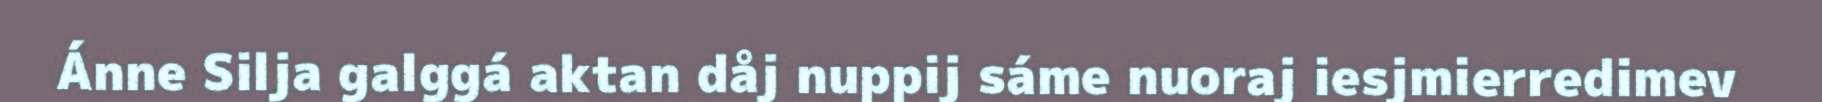
Ánne Silja galggá aktan dåj nuppij sáme nuoraj iesjmierredimev